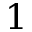
1